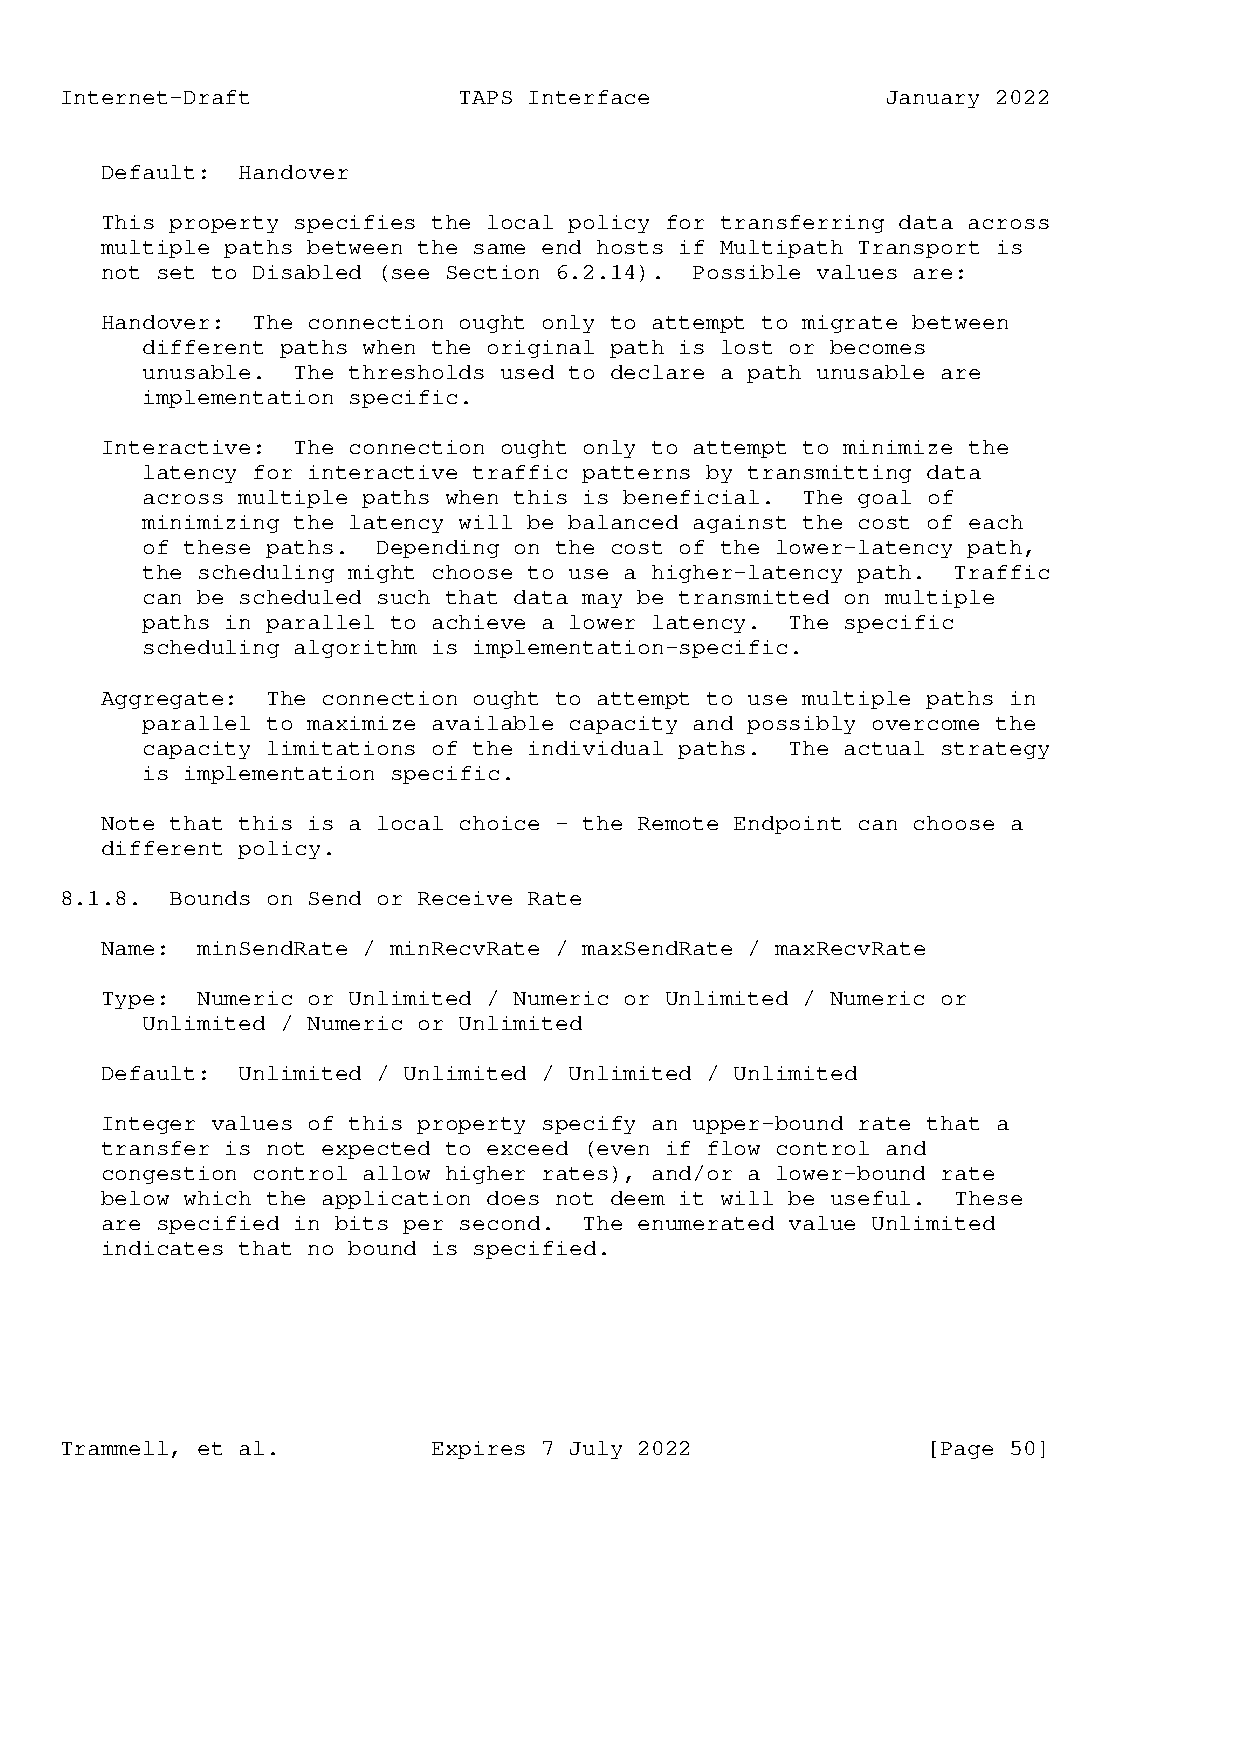
Internet-Draft            TAPS Interface               January 2022
 Default: Handover
 This property specifies the local policy for transferring data across
 multiple paths between the same end hosts if Multipath Transport is
 not set to Disabled (see Section 6.2.14). Possible values are:
 Handover: The connection ought only to attempt to migrate between
 different paths when the original path is lost or becomes
 unusable. The thresholds used to declare a path unusable are
 implementation specific.
 Interactive: The connection ought only to attempt to minimize the
 latency for interactive traffic patterns by transmitting data
 across multiple paths when this is beneficial. The goal of
 minimizing the latency will be balanced against the cost of each
 of these paths. Depending on the cost of the lower-latency path,
 the scheduling might choose to use a higher-latency path. Traffic
 can be scheduled such that data may be transmitted on multiple
 paths in parallel to achieve a lower latency. The specific
 scheduling algorithm is implementation-specific.
 Aggregate: The connection ought to attempt to use multiple paths in
 parallel to maximize available capacity and possibly overcome the
 capacity limitations of the individual paths. The actual strategy
 is implementation specific.
 Note that this is a local choice - the Remote Endpoint can choose a
 different policy.
 8.1.8. Bounds on Send or Receive Rate
 Name: minSendRate / minRecvRate / maxSendRate / maxRecvRate
 Type: Numeric or Unlimited / Numeric or Unlimited / Numeric or
 Unlimited / Numeric or Unlimited
 Default: Unlimited / Unlimited / Unlimited / Unlimited
 Integer values of this property specify an upper-bound rate that a
 transfer is not expected to exceed (even if flow control and
 congestion control allow higher rates), and/or a lower-bound rate
 below which the application does not deem it will be useful. These
 are specified in bits per second. The enumerated value Unlimited
 indicates that no bound is specified.
 Trammell, et al.         Expires 7 July 2022             [Page 50]